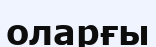
оларғы